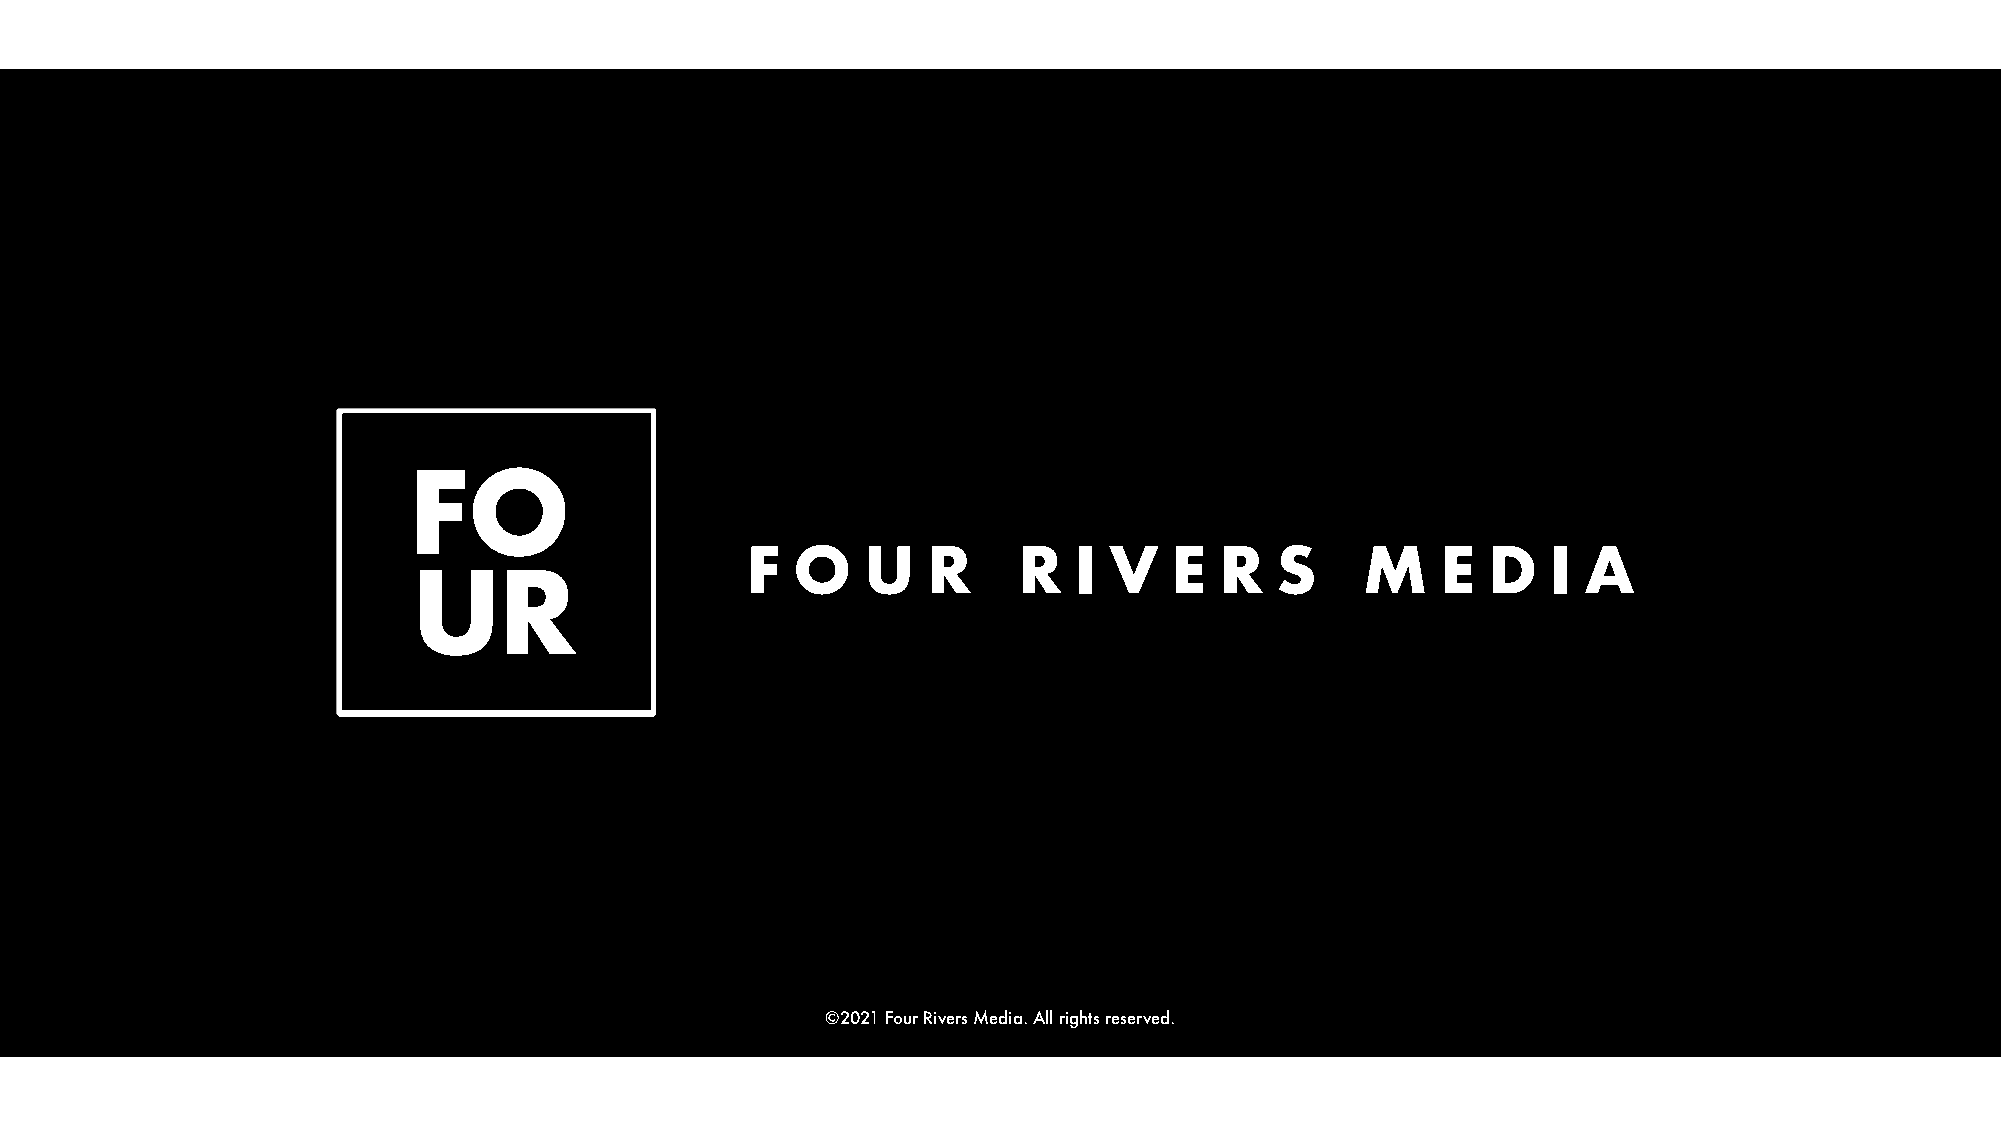
F  O    U   R     R   I V    E  R  S     M    E  D    I A
 ©2021 Four Rivers Media. All rights reserved.